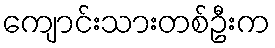
ကျောင်းသားတစ်ဦးက